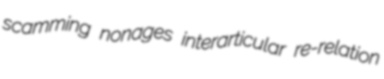
scamming nonages interarticular re-relation